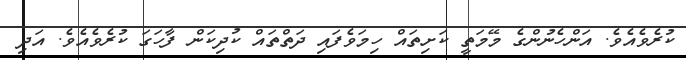
ކުރެވެއެވެ. އަންހެނުންގެ މޭމަތީ ކަށިތައް ހިމަވެފައި ދަތްތައް ކުދިކަން ފާހަގަ ކުރެވެއެވެ. އަދި